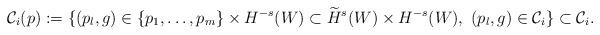
LaTeX: \begin{align*}\mathcal{C}_i(p)&:=\{(p_l,g) \in \{p_1,\dots,p_m\} \times H^{-s}(W) \subset \widetilde{H}^s(W) \times H^{-s}(W), \ (p_l,g)\in \mathcal{C}_i \} \subset \mathcal{C}_i.\end{align*}